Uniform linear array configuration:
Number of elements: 12
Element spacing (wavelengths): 0.5
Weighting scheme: kaiser
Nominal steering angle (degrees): -45
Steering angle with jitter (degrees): -43.268
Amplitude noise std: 0.05
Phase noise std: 0.05

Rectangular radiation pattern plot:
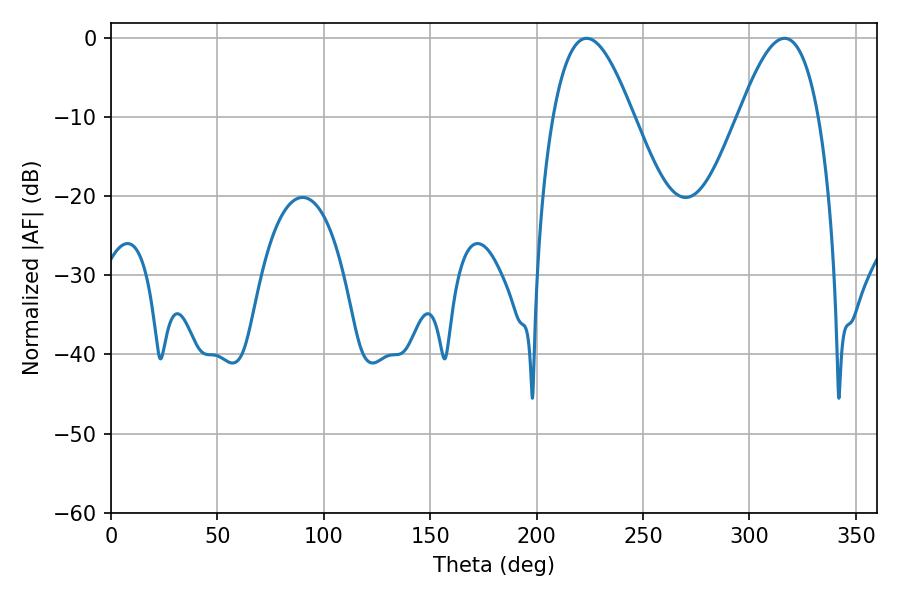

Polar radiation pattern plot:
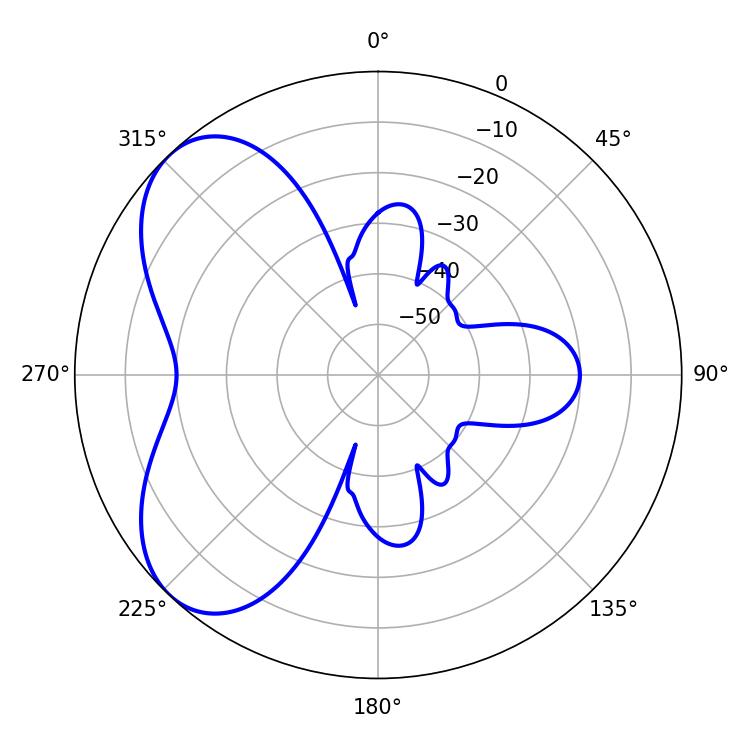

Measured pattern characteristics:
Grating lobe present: FALSE
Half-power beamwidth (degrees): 20.52
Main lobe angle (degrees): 223.56